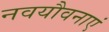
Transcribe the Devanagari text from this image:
नवयौवनाएं